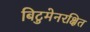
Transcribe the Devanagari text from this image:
बिटुमेनरक्षित